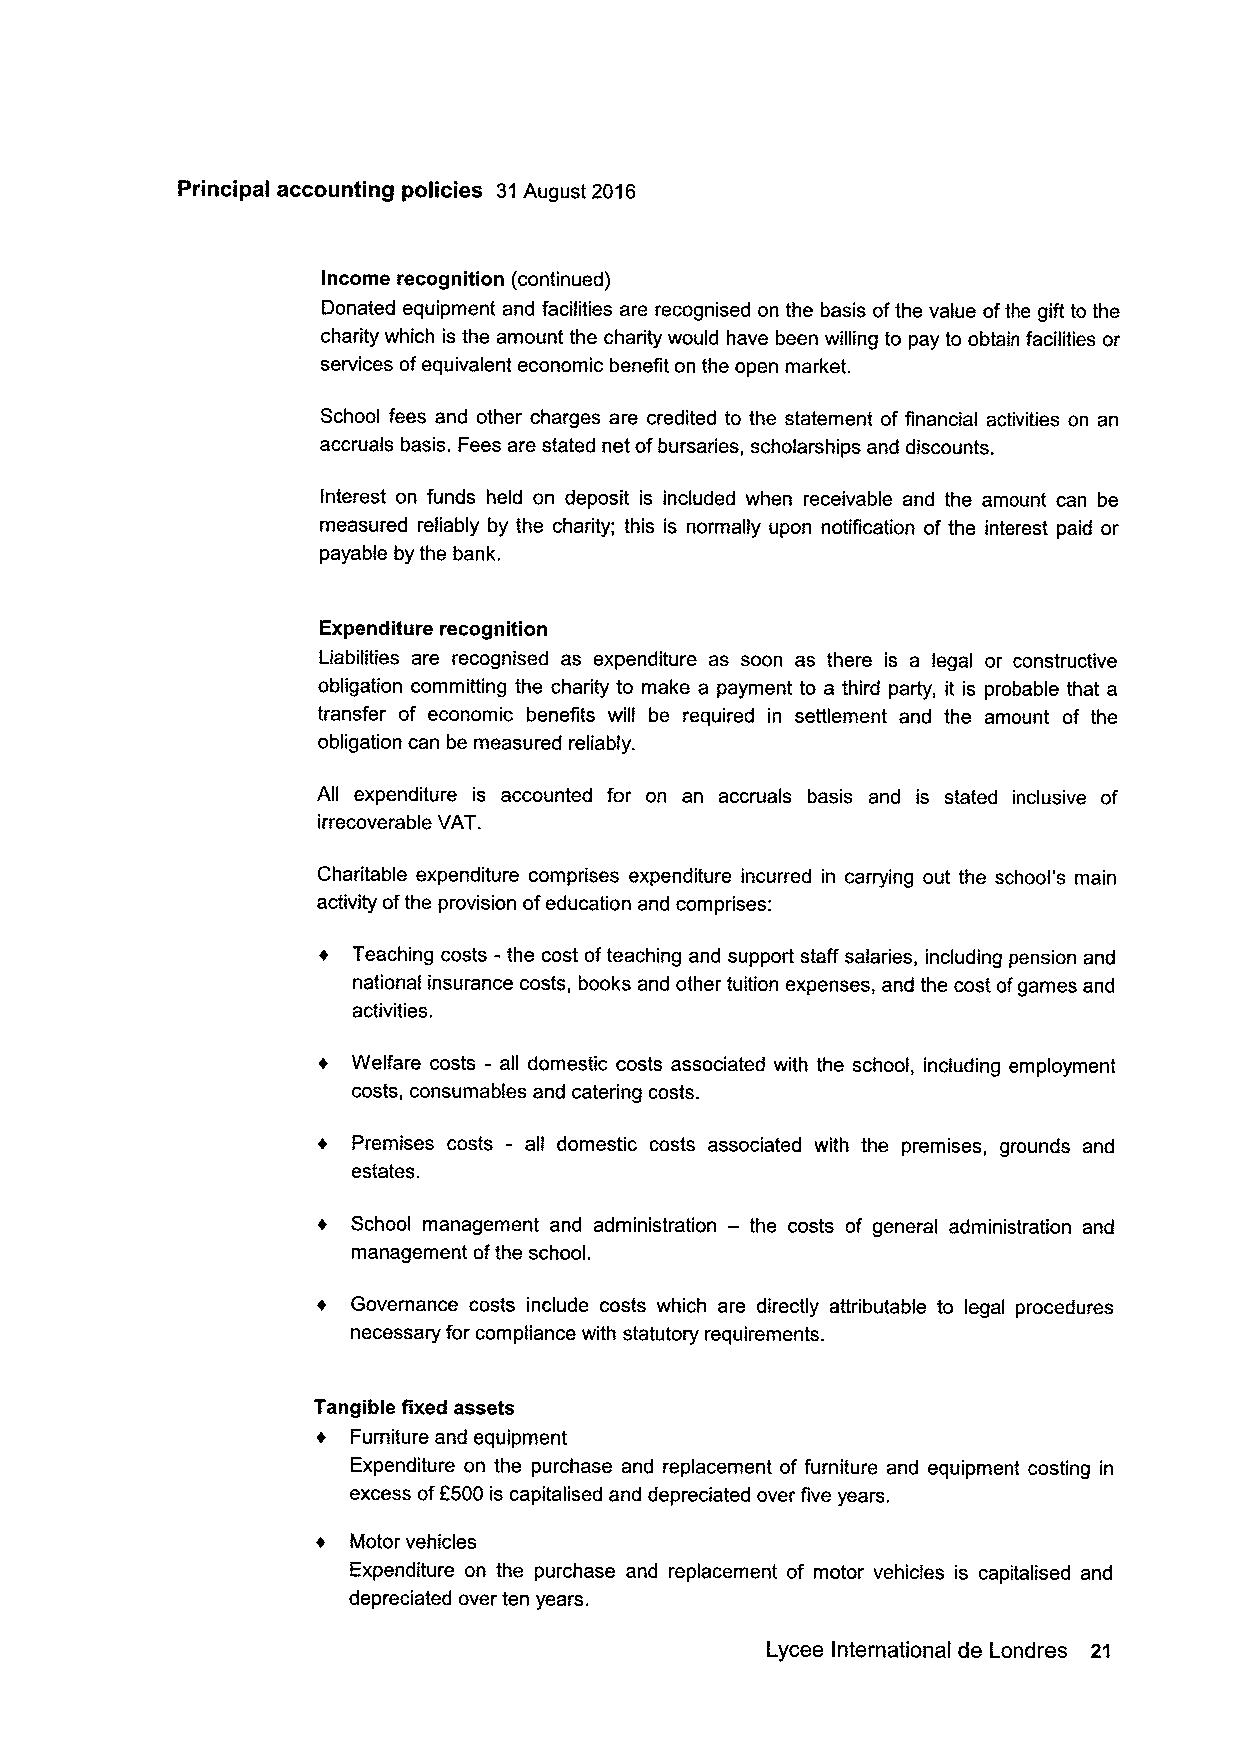
Principal accounting policies 31August 2016
 Income recognition (continued)
 Donated equipment and facilities are recognised on the basis ofthe value ofthe gift to the
 charity which is the amount the charity would have been willing to pay to obtain facilities or
 services ofequivalent economic benefit on the open market.
 School fees and other charges are credited to the statement of financial activities on an
 accruals basis. Fees are stated net ofbursaries, scholarships and discounts.
 Interest on funds held on deposit is included when receivable and the amount can be
 measured reliably by the charity; this is normally upon notification of the interest paid or
 payable by the bank.
 Expenditure recognition
 Liabilities are recognised as expenditure as soon as there is a legal or constructive
 obligation committing the charity to make a payment to a third party, it is probable that a
 transfer of economic benefits will be required in settlement and the amount of the
 obligation can be measured reliably.
 All expenditure is accounted for on an accruals basis and is stated inclusive of
 irrecoverable VAT.
 Charitable expenditure comprises expenditure incurred in carrying out the school's main
 activity ofthe provision ofeducation and comprises:
 + Teaching costs -the cost ofteaching and support staff salaries, including pension and
 national insurance costs, books and other tuition expenses, and the cost ofgames and
 activities.
 Welfare costs - all domestic costs associated with the school, including employment
 costs, consumables and catering costs.
 Premises costs - all domestic costs associated with the premises, grounds and
 estates.
 + School management and administration — the costs of general administration and
 management ofthe school.
 Governance costs include costs which are directly attributable to legal procedures
 necessary for compliance with statutory requirements.
 Tangible fixed assets
 + Furniture and equipment
 Expenditure on the purchase and replacement of furniture and equipment costing in
 excess of8500 is capitalised and depreciated over five years.
 + Motor vehicles
 Expenditure on the purchase and replacement of motor vehicles is capitalised and
 depreciated over ten years.
 Lycee International de Londres 21